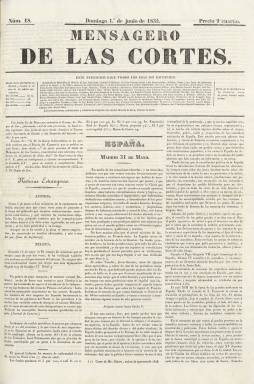
Título: Mensagero de las Cortes
Colección: Periódicos anteriores a 1850
Ámbito geográfico: Madrid
Lugar de publicación: Madrid
Fechas: 01/06/1834-28/02/1835

El uno de junio de 1834 aparece este título, como continuación de Diario del comercio, que había comenzado a publicarse el 15 de mayo, y lo hace con igual formato, diseño e impresor, y también siguiendo su secuencia numérica de entregas y su paginación continuada. El cambio de cabecera se produce para eliminar cualquier confusión con El Eco del comercio, que había aparecido el uno de mayo. Todo ello ocurre cuando al finalizar la Década Ominosa, tras el fallecimiento de Fernando VII, el 29 de septiembre de 1833, el primer gobierno de la Reina Gobernadora –María Cristina de Borbón–, presidido por Francisco Martínez de la Rosa (1787-1862), abre un periodo de mayor tolerancia política, que se hace efectivo a través de los reglamentos de prensa del cuatro de enero y 10 de junio de 1834, así como un texto fundamental como fue el Estatuto Real del mes de abril, al tiempo que comienza la primera guerra civil –la carlista o legitimista–, que durará hasta 1840.

“Son años de gran movilidad, por la precariedad legal y económica en que se mueve la prensa”, señala Seoane (1983), al exigir la ley que el editor debía reunir las mismas condiciones que los grandes electores, es decir, pertenecer a la clase de mayores contribuyentes. Bajo el Estatuto, la prensa liberal española va ir tomando posiciones y logrará una estabilidad repartiéndose entre ella los lectores. En concreto, los antiguos exaltados serán ahora denominados radicales, que integrarán pronto el Partido Progresista. Este será el caso del citado El Eco del comercio, de Fermín Caballero (1800-1876). El grupo del ahora Mensagero…, formará parte del liberalismo reformista cercano al progresismo, con Evaristo San Miguel (1785-1862) y Antonio Alcalá Galiano (1789-1865) a la cabeza, aunque éste, a partir del 15 de julio de ese mismo año 1834 comenzará a dirigir El Observador, para convertirse después en uno de los ideólogos del Partido Moderado. Los tres procedían del exilio fernandino y habían sido agraciados con la amnistía de la Reina regente.

Gómez Aparicio (1967) aplica al Mensagero de las Cortes el epíteto de ultraliberal o liberal avanzado, aunque este sí sería el caso de El Eco del comercio. El Mensagero…, que efectivamente adopta posiciones reformistas o de progresismo disidente, y seguirá siendo un diario de cuatro páginas, compuestas a tres columnas, con noticias extranjeras, de España, de provincias y de Madrid, así como con secciones de Cortes, Variedades, Espectáculos y Fondos públicos, y los correspondientes artículos doctrinales, así como la denominada Comunicado, que no es otra que la dedicada a cartas al editor. Desde el uno de julio de ese mismo año 1834 aumentará su formato, y será también estampado en la imprenta de J. Sancha. La atribución de su fundación o dirección a Ángel Saavedra, amigo de San Miguel y futuro duque de Rivas, procede de Pastor Díaz (1854), que señala que lo fue junto a Gabriel José García y José de Álvaro, dato este del que da cuenta Hartzenbusch (1894) y después acepta Gómez Aparicio (1967). No obstante, es un dato puesto en duda por biógrafos actuales.

La última entrega del Mensagero… en la colección de la Biblioteca Nacional de España es la número 289, correspondiente al 28 de febrero de 1835. Se fusionará con La Revista española (1832) de José María Carnerero (1784-1866), dirigida a un público más intelectual y en la que había colaborado María José de Larra (1809-1837), y que desde el uno de abril de 1834 aparecía también diariamente, para formar, a partir del uno de marzo de 1835, la nueva cabecera La Revista-Mensajero, que competirá y polemizará en el bando del liberalismo con el más moderado diario La Abeja (1834), de Joaquín Francisco Pacheco (1808-1865). En la bibliografía de referencia este título es conocido también como Mensajero de las Cortes.

[Descripción modificada el 06/08/2021]